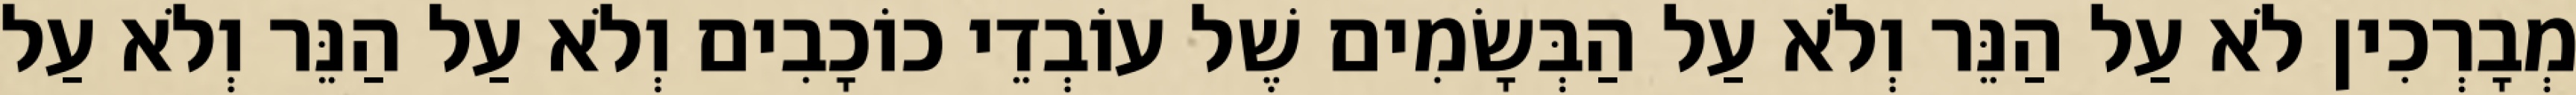
מְבָרְכִין לֹא עַל הַנֵּר וְלֹא עַל הַבְּשָׂמִים שֶׁל עוֹבְדֵי כוֹכָבִים וְלֹא עַל הַנֵּר וְלֹא עַל